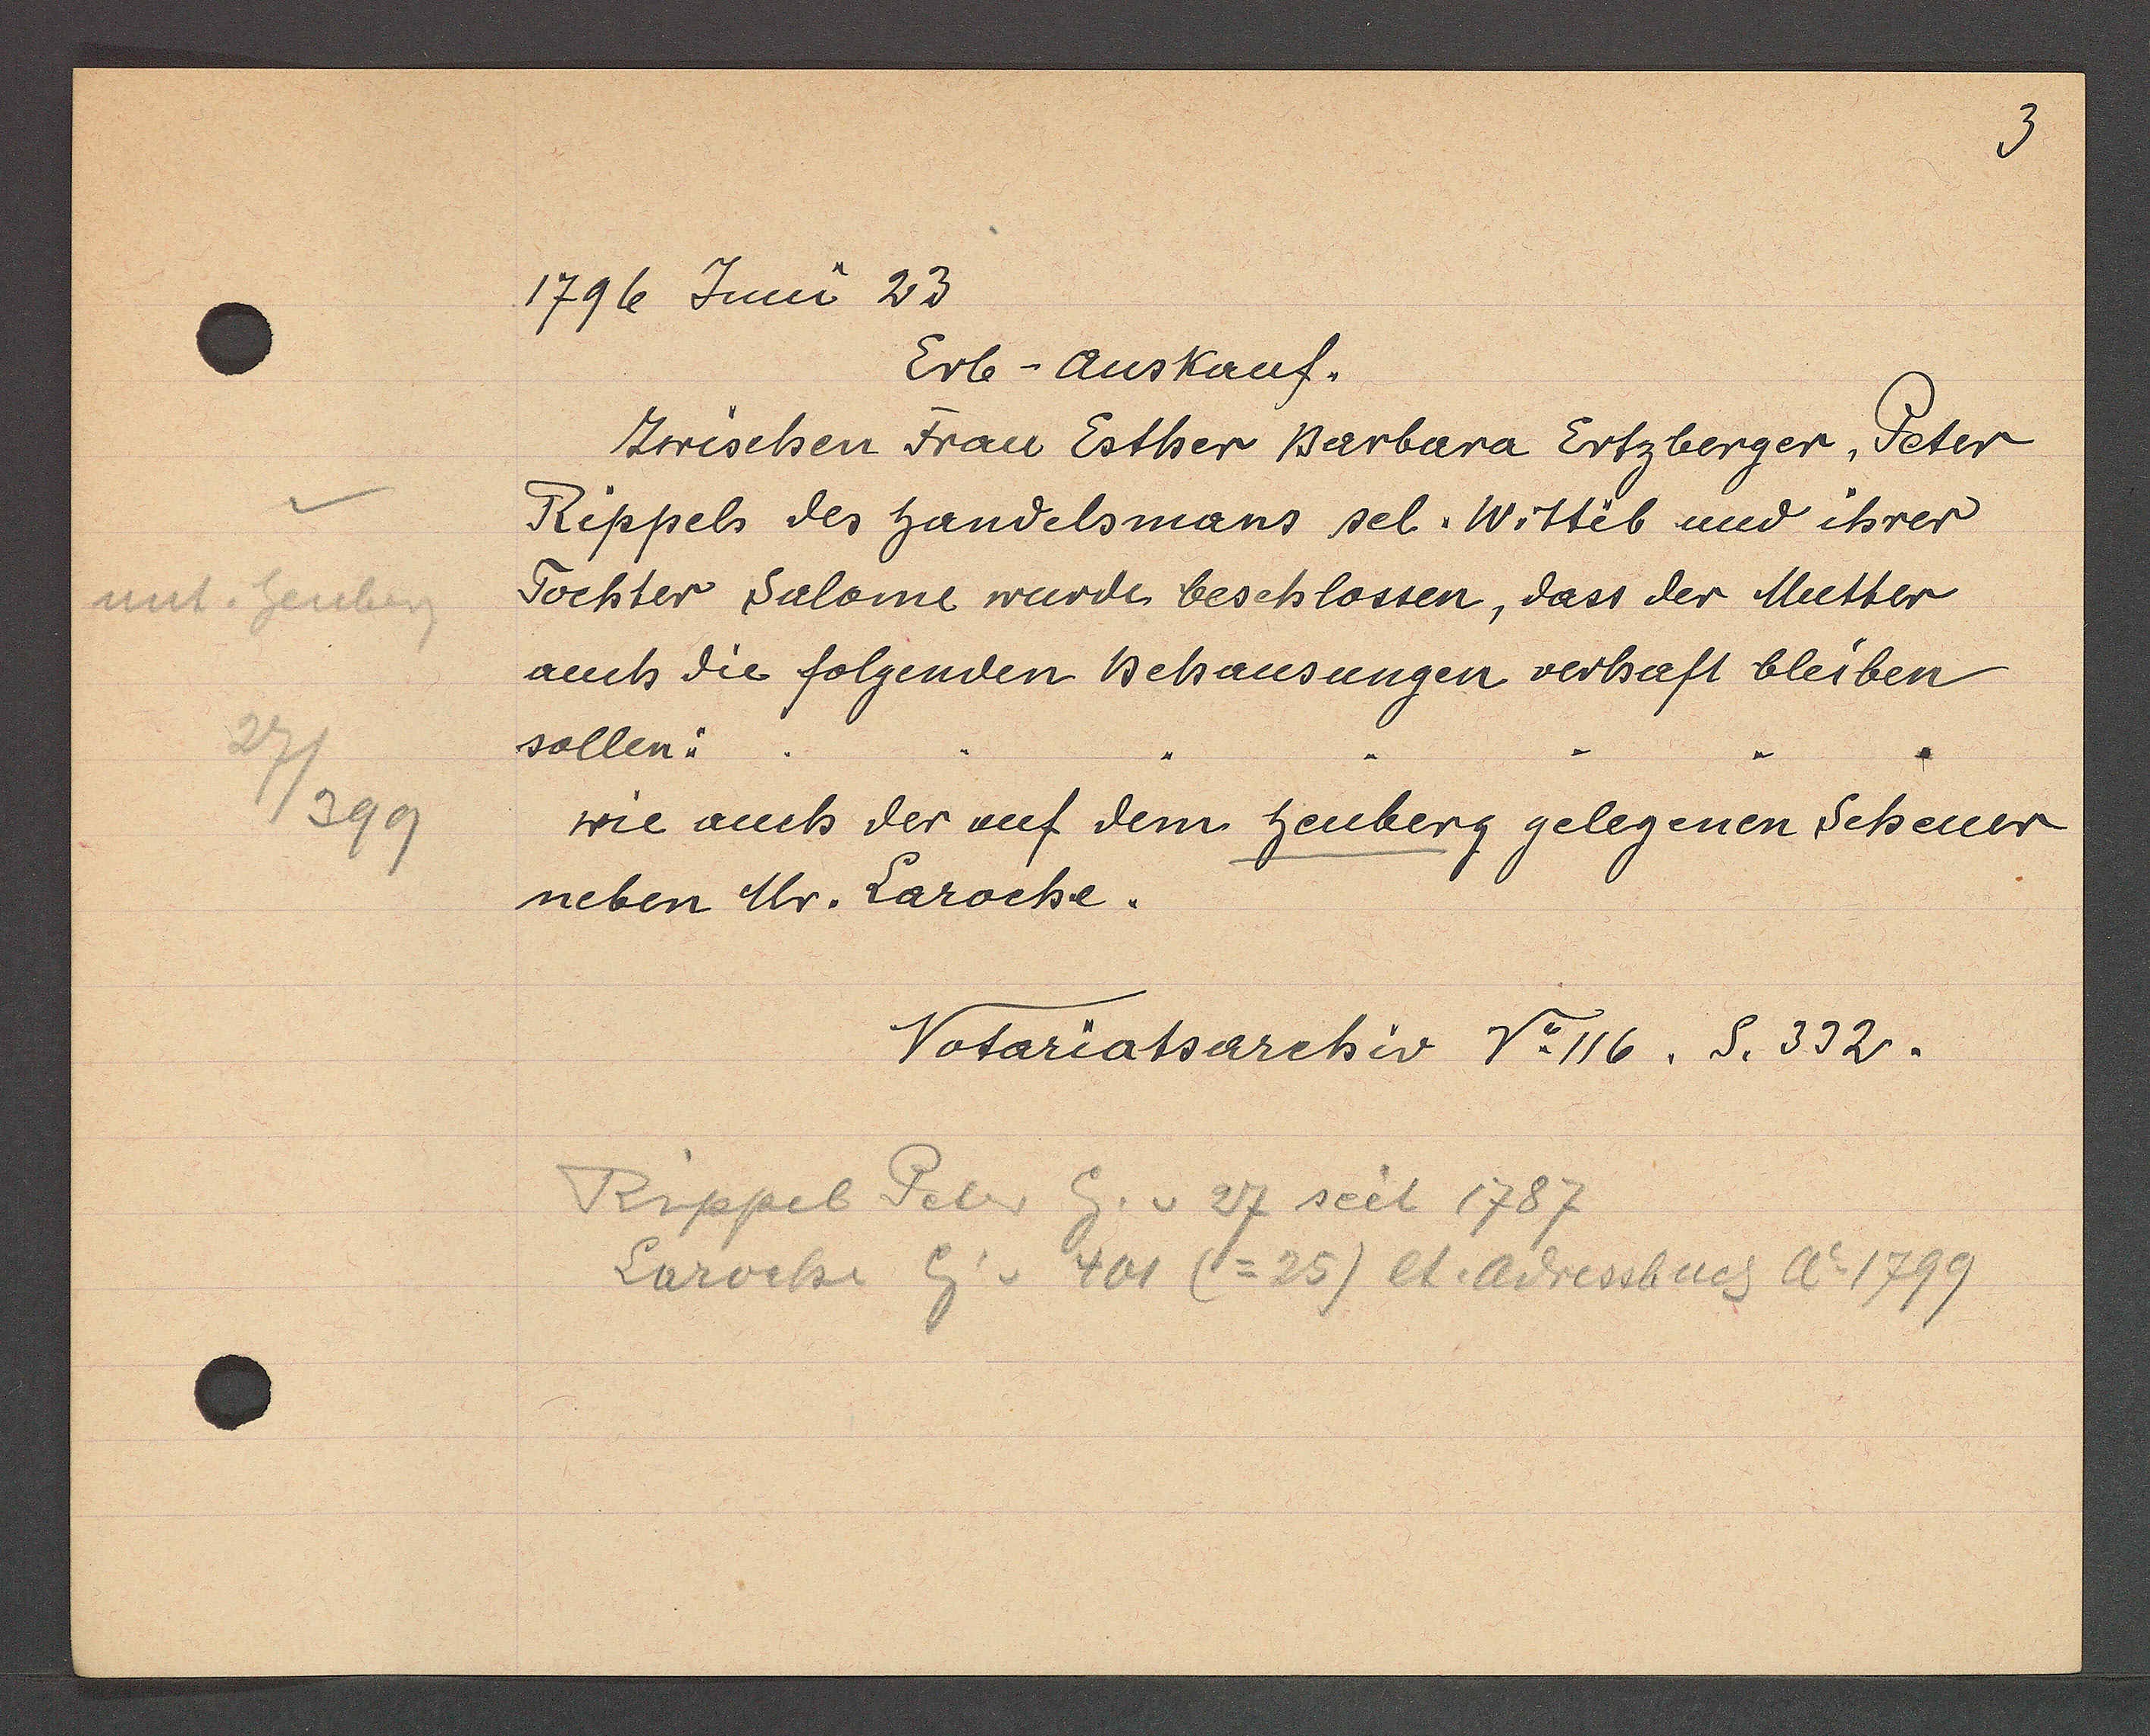
Transcript:
unt. heuberg
27/399

1796 Juni 23

Erb- Auskauf.
Zwischen Frau Esther Barbara Ertzberger, Peter
Rippels des handelsmans sel. Wittib und ihrer
Tochter Salome wurde beschlossen, dass der Mutter
auch die folgenden behausungen verhaft bleiben
sollen:
wie auch der auf dem heuberg gelegenen Scheuer
neben Mr. Laroche.

Notariatsarchiv No 116. S. 332.

Rippel Peter Eg. v. 27 seit 1787
Laroche Eig v 401 (=25) lt. Adressbuch Ao 1799